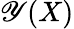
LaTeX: \mathscr{Y}(X)